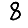
Digit: 8